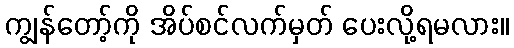
ကျွန်တော့်ကို အိပ်စင်လက်မှတ် ပေးလို့ရမလား။